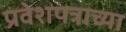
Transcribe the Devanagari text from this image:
प्रवेशपत्राच्या